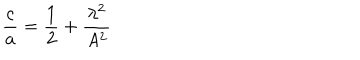
LaTeX: \frac { c } { a } = \frac { 1 } { 2 } + \frac { \lambda ^ { 2 } } { A ^ { 2 } }